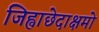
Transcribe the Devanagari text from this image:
जिह्वाछेदाक्षमो